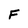
Character: F